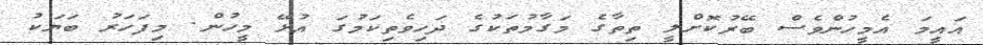
އައީމަ އެމީހުންވެސް ބޭރުކޮށްލީ ތިތާގެ މަގާމުތަކުގެ ދަހިވެތިކަމުގަ އުޅޭ މީހުން. މިފަހަރު ބަޔަކު